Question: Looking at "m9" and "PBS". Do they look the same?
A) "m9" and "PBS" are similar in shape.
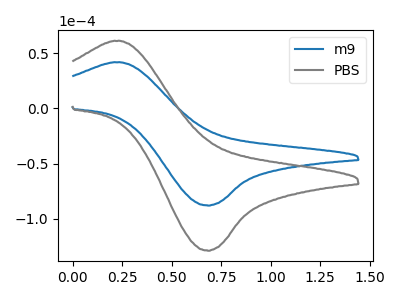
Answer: <think>The blue curve "m9" has an anodic peak at (0.25V, 41.55uA) and a cathodic peak at (0.70V, -88.05uA). The gray curve "PBS" has an anodic peak at (0.25V, 60.85uA) and a cathodic peak at (0.70V, -128.90uA).
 All the peaks in "m9" have a peak in "PBS" at the same potential. Every peak in "m9" is lower than every peak in "PBS".</think>
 <answer>A) "m9" and "PBS" are similar in shape.</answer>
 <eval>A</eval>